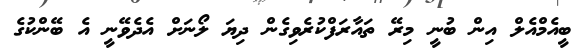
ބީއެމްއެލް އިން ބުނީ މިރޭ ތައާރަފްކުރެވިގެން ދިޔަ ލޯނަށް އެދެވޭނީ އެ ބޭންކުގެ